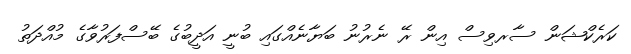
ކަރެކްޝަން ސާރވިސް އިން ރޭ ނެރުނު ބަޔާނެއްގައި ބުނީ އަދީބުގެ ބޭސްފަރުވާގެ މުއްދަތު